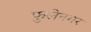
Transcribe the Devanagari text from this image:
फुलेनगर